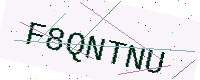
Text: F8QNTNU